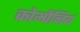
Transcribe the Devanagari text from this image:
कोम्पैनियं